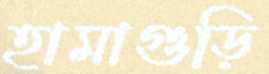
হামাগুড়ি